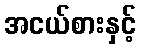
အငယ်စားနှင့်